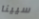
سيينا